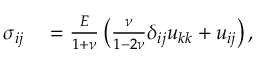
\begin{array} { r l } { \sigma _ { i j } } & { { } = \frac { E } { 1 + \nu } \left( \frac { \nu } { 1 - 2 \nu } \delta _ { i j } u _ { k k } + u _ { i j } \right) , } \end{array}